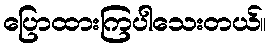
ပြောထားကြပါသေးတယ်။